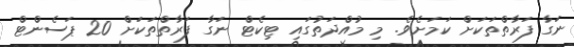
ނަގާ ފަރާތްތަކަށް ކަމަށެވެ. މި މުއްދަތުގައި ޓިކެޓް ނަގާ ފަރާތްތަކަށް 20 ޕަސެންޓް